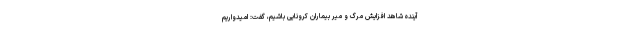
آینده شاهد افزایش مرگ و میر بیماران کرونایی باشیم، گفت: امیدواریم